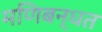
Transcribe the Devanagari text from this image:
मणिबन्धत